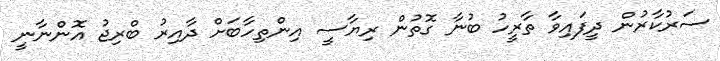
ސަރުކާރުން ދީފައިވާ ތާރީހު ބުނާ ގޮތުން ރިޔާސީ އިންތިހާބަށް ދާއިރު ބްރިޖު އޮންނާނީ